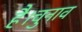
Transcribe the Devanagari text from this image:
है।चुनाव